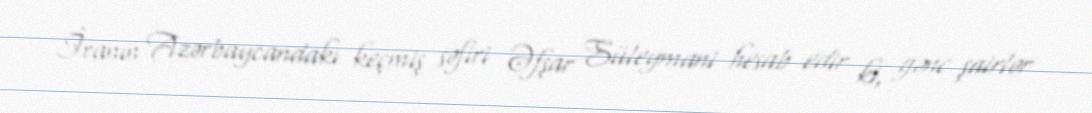
İranın Azərbaycandakı keçmiş səfiri Əfşar Süleymani hesab edir ki, gənc şairlər